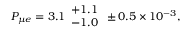
P _ { \mu e } = 3 . 1 \begin{array} { l } { { + 1 . 1 } } \\ { { - 1 . 0 } } \end{array} \pm 0 . 5 \times 1 0 ^ { - 3 } ,